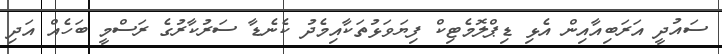
ސައުދީ އަރަބިއާއިން އެޅި ޑިޕްލޮމެޓިކް ފިޔަވަޅުތަކާއިމެދު ކެނެޑާ ސަރުކާރުގެ ރަސްމީ ބަހެއް އަދި